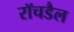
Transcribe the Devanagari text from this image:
रॉचडैल